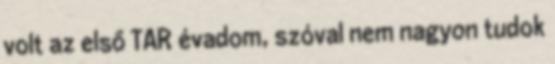
volt az első TAR évadom, szóval nem nagyon tudok